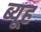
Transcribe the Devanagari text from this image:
ब्यूह